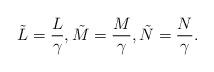
LaTeX: \begin{align*}\tilde{L}=\frac{L}{\gamma},\tilde{M}=\frac{M}{\gamma},\tilde{N}=\frac{N}{\gamma}.\end{align*}